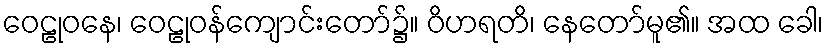
ဝေဠုဝနေ၊ ဝေဠုဝန်ကျောင်းတော်၌။ ဝိဟရတိ၊ နေတော်မူ၏။ အထ ခေါ၊